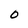
Character: O